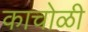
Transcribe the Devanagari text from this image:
काचोळी